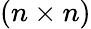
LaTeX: (n\times n)